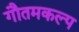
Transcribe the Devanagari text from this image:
गौतमकल्प